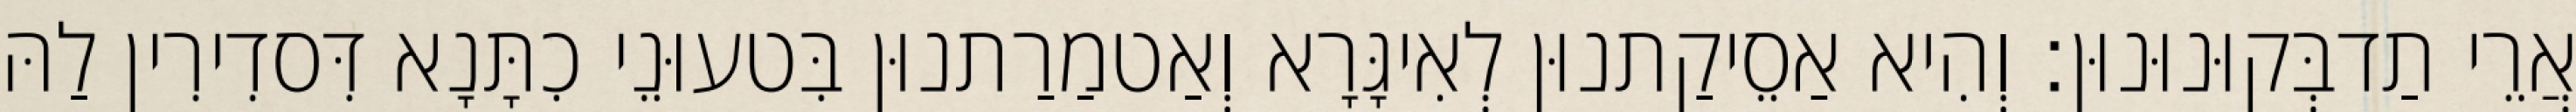
אֲרֵי תַדבְּקוּנוּנוּן׃ וְהִיא אַסֵיקַתנוּן לְאִיגָּרָא וְאַטמַרַתנוּן בִּטעוּנֵי כִתָּנָא דִּסדִירִין לַהּ